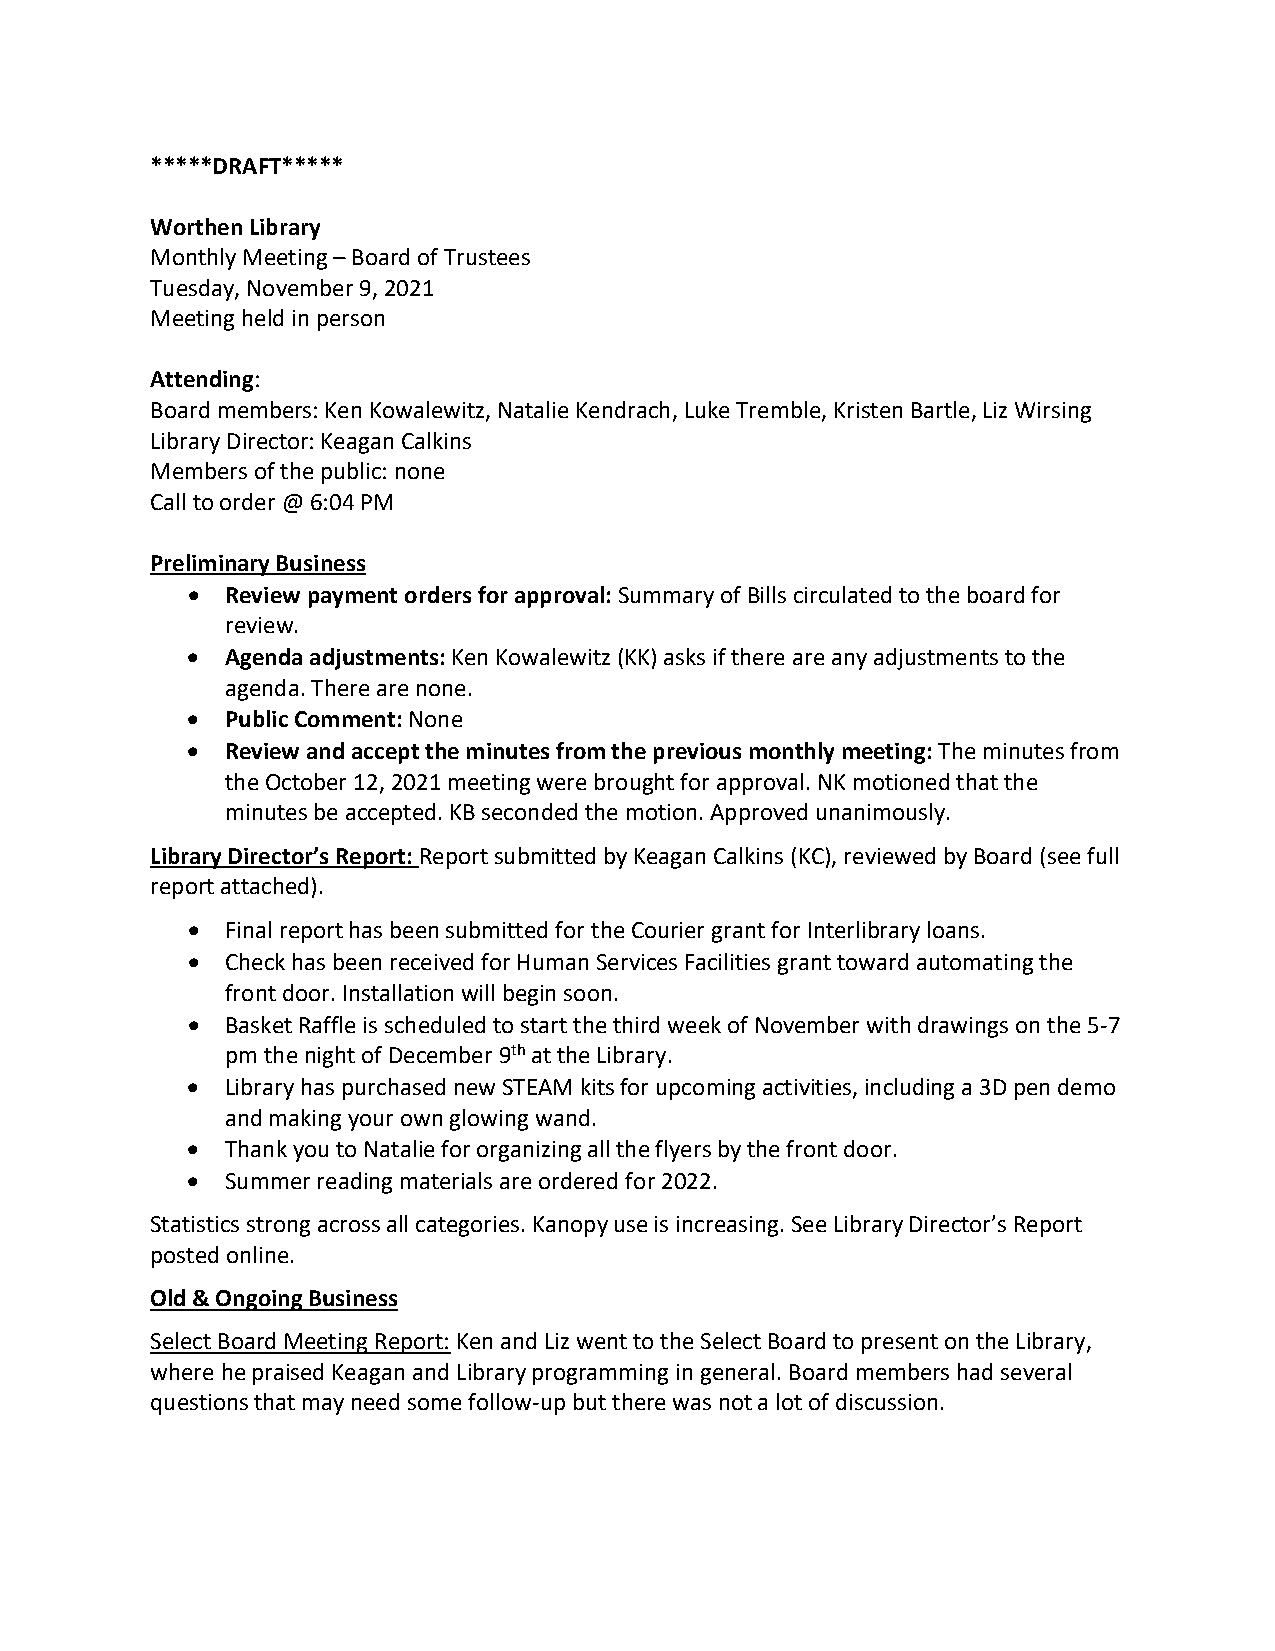
*****DRAFT*****
 Worthen Library
 Monthly Meeting – Board of Trustees
 Tuesday, November 9, 2021
 Meeting held in person
 Attending:
 Board members: Ken Kowalewitz, Natalie Kendrach, Luke Tremble, Kristen Bartle, Liz Wirsing
 Library Director: Keagan Calkins
 Members of the public: none
 Call to order @ 6:04 PM
 Preliminary Business
 •  Review payment orders for approval: Summary of Bills circulated to the board for
 review.
 •  Agenda adjustments: Ken Kowalewitz (KK) asks if there are any adjustments to the
 agenda. There are none.
 •  Public Comment: None
 •  Review and accept the minutes from the previous monthly meeting: The minutes from
 the October 12, 2021 meeting were brought for approval. NK motioned that the
 minutes be accepted. KB seconded the motion. Approved unanimously.
 Library Director’s Report: Report submitted by Keagan Calkins (KC), reviewed by Board (see full
 report attached).
 •  Final report has been submitted for the Courier grant for Interlibrary loans.
 •  Check has been received for Human Services Facilities grant toward automating the
 front door. Installation will begin soon.
 •  Basket Raffle is scheduled to start the third week of November with drawings on the 5-7
 pm the night of December 9th at the Library.
 •  Library has purchased new STEAM kits for upcoming activities, including a 3D pen demo
 and making your own glowing wand.
 •  Thank you to Natalie for organizing all the flyers by the front door.
 •  Summer reading materials are ordered for 2022.
 Statistics strong across all categories. Kanopy use is increasing. See Library Director’s Report
 posted online.
 Old & Ongoing Business
 Select Board Meeting Report: Ken and Liz went to the Select Board to present on the Library,
 where he praised Keagan and Library programming in general. Board members had several
 questions that may need some follow-up but there was not a lot of discussion.